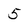
Character: 5